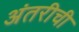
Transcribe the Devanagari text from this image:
अंतरीची